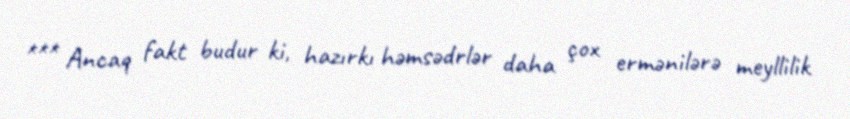
*** Ancaq fakt budur ki, hazırkı həmsədrlər daha çox ermənilərə meyllilik